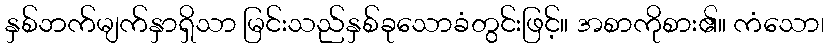
နှစ်ဘက်မျက်နှာရှိသာ မြင်းသည်နှစ်ခုသောခံတွင်းဖြင့်။ အစာကိုစား၏။ ကံသော၊